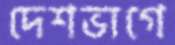
দেশভাগে